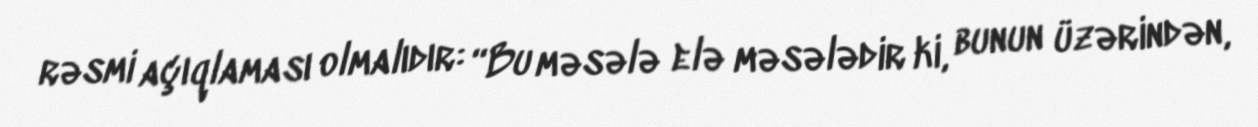
rəsmi açıqlaması olmalıdır: “Bu məsələ elə məsələdir ki, bunun üzərindən,